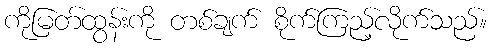
ကိုမြတ်ထွန်းကို တစ်ချက် စိုက်ကြည့်လိုက်သည်။